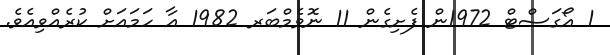
1 އޯގަސްޓް 1972ން ފެށިގެން 11 ނޮވެމްބަރ 1982 އާ ހަމައަށް ކުރެއްވިއެވެ.